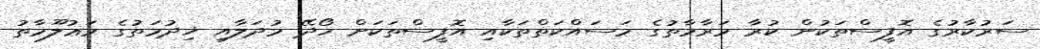
ސަރުކާރުގެ އޮފީސްތަކުން ކުރާ މަރާމާތުގެ މަސައްކަތްތަކާއި އޮފީސްތަކަށް ހޯދޭ މުދަލާއި ޚިދުމަތުގެ މަޢުލޫމާތު